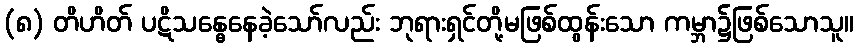
(၈) တိဟိတ် ပဋိသန္ဓေနေခဲ့သော်လည်း ဘုရားရှင်တို့မဖြစ်ထွန်းသော ကမ္ဘာ၌ဖြစ်သောသူ။